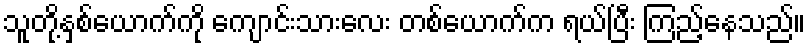
သူတို့နှစ်ယောက်ကို ကျောင်းသားလေး တစ်ယောက်က ရယ်ပြီး ကြည့်နေသည်။